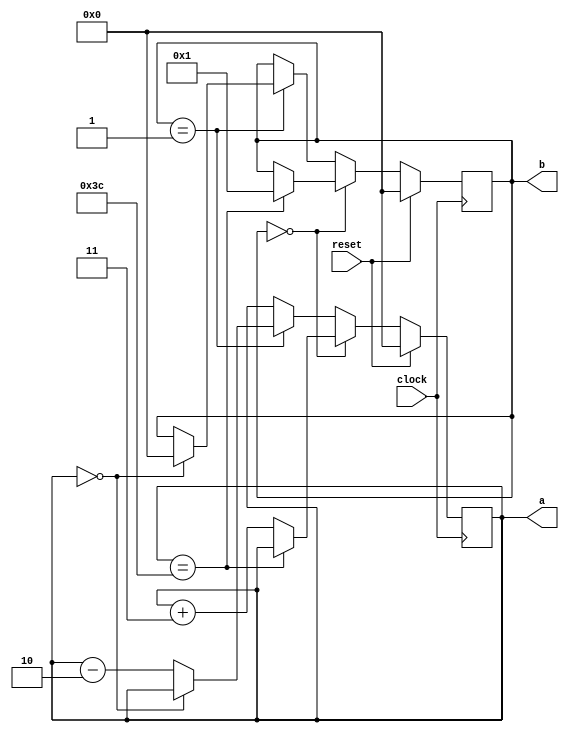
module updown(a,b,clock,reset);
input clock,reset;
output [7:0] a,b;
reg [7:0] a,b;

always@(posedge clock)
begin
  if (reset)
  begin
    a=0;b=0;
  end

  else if (b==0)
  begin
    if (a==60)
    b=1;
    else 
    a=a+3;
  end

  else if (b==1)
  begin
    if (a==0)
    b=0;
    else
    a=a-2;
  end
end

endmodule